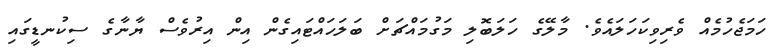
ހަމަޖެހުމެއް ވެރިވިކަހަލައެވެ. މާލޭގެ ހަލަބޮލި މަގުމައްޗަށް ބަލަހައްޓައިގެން އިން އިރުވެސް ޔާނާގެ ސިކުނޑީގައި